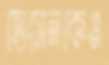
হোসেনকেও